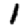
Digit: 1